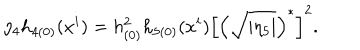
\eta _ { 4 } h _ { 4 ( 0 ) } ( x ^ { i } ) = h _ { ( 0 ) } ^ { 2 } h _ { 5 ( 0 ) } ( x ^ { i } ) \left[ \left( \sqrt { | \eta _ { 5 } | } \right) ^ { \ast } \right] ^ { 2 } .